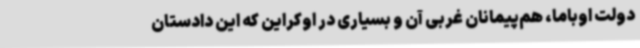
دولت اوباما، هم‌پیمانان غربی آن و بسیاری در اوکراین که این دادستان